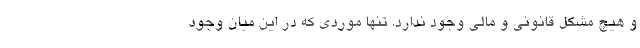
و هیچ مشکل قانونی و مالی وجود ندارد. تنها موردی که در این میان وجود